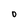
Character: 0